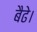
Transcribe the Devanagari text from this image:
बैढे।